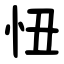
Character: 忸